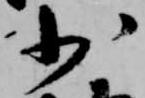
少